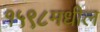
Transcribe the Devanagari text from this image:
१५९८मधील